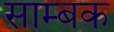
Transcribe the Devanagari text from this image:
साम्बक